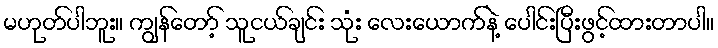
မဟုတ်ပါဘူး။ ကျွန်တော့် သူငယ်ချင်း သုံး လေးယောက်နဲ့ ပေါင်းပြီးဖွင့်ထားတာပါ။